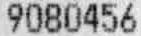
9080456